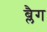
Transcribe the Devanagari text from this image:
ब्लैग